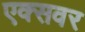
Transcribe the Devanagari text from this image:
एक्सवर